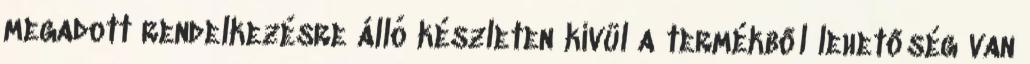
megadott rendelkezésre álló készleten kívül a termékből lehetőség van